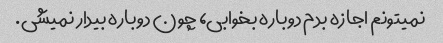
نمیتونم اجازه بدم دوباره بخوابی، چون دوباره بیدار نمیشی.